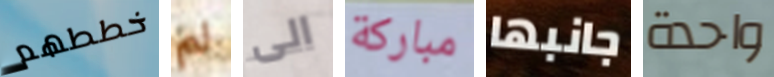
خططهم لم الى مباركة جانبها واحدة